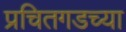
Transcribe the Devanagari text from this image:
प्रचितगडच्या